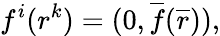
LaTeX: f^{i}(r^{k})=(0,{\overline{{f}}}(\overline{{r}})),